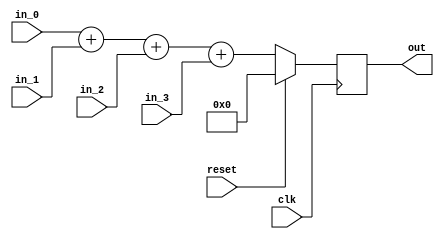
module adder_4X16(input clk, input reset, input wire signed [15:0] in_0, input wire signed [15:0] in_1, 
                  input wire signed [15:0] in_2, input wire signed [15:0] in_3, output reg signed [15:0] out);

    always@(posedge clk)
        if(reset)
            out <= 0;
        else
            out <= in_0 + in_1 + in_2 + in_3;

endmodule